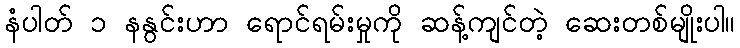
နံပါတ် ၁ နနွင်းဟာ ရောင်ရမ်းမှုကို ဆန့်ကျင်တဲ့ ဆေးတစ်မျိုးပါ။